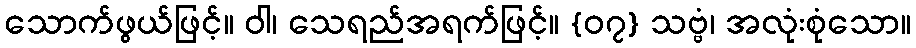
သောက်ဖွယ်ဖြင့်။ ဝါ၊ သေရည်အရက်ဖြင့်။ {၀၇} သဗ္ဗံ၊ အလုံးစုံသော။